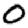
Digit: 0